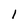
Character: I